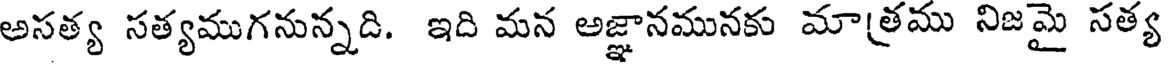
అసత్య సత్యముగనున్నది. ఇది మన అజ్ఞానమునకు మా[తము నిజమై సత్య